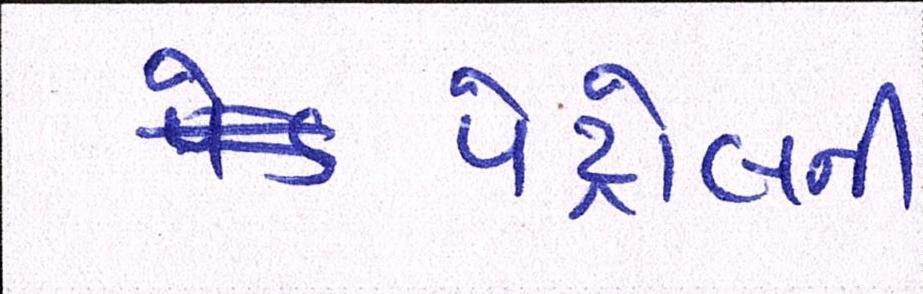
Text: પેટ્રોલની